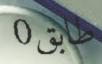
طابق0